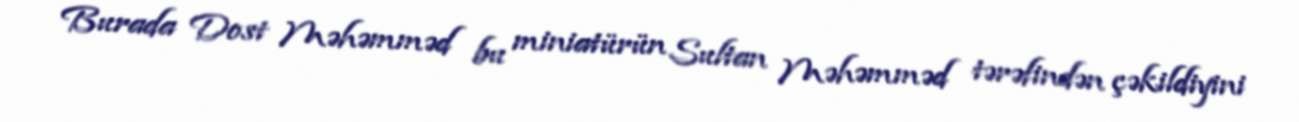
Burada Dost Məhəmməd bu miniatürün Sultan Məhəmməd tərəfindən çəkildiyini